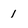
Character: 1